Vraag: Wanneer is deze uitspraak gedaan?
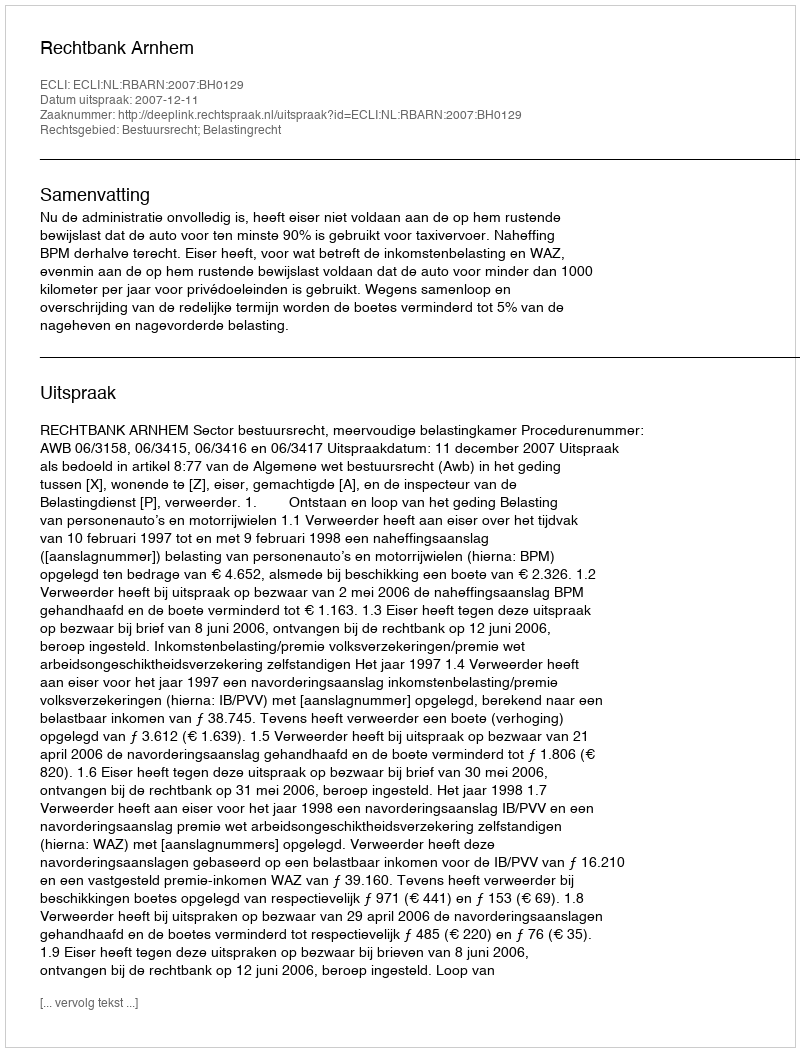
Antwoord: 2007-12-11